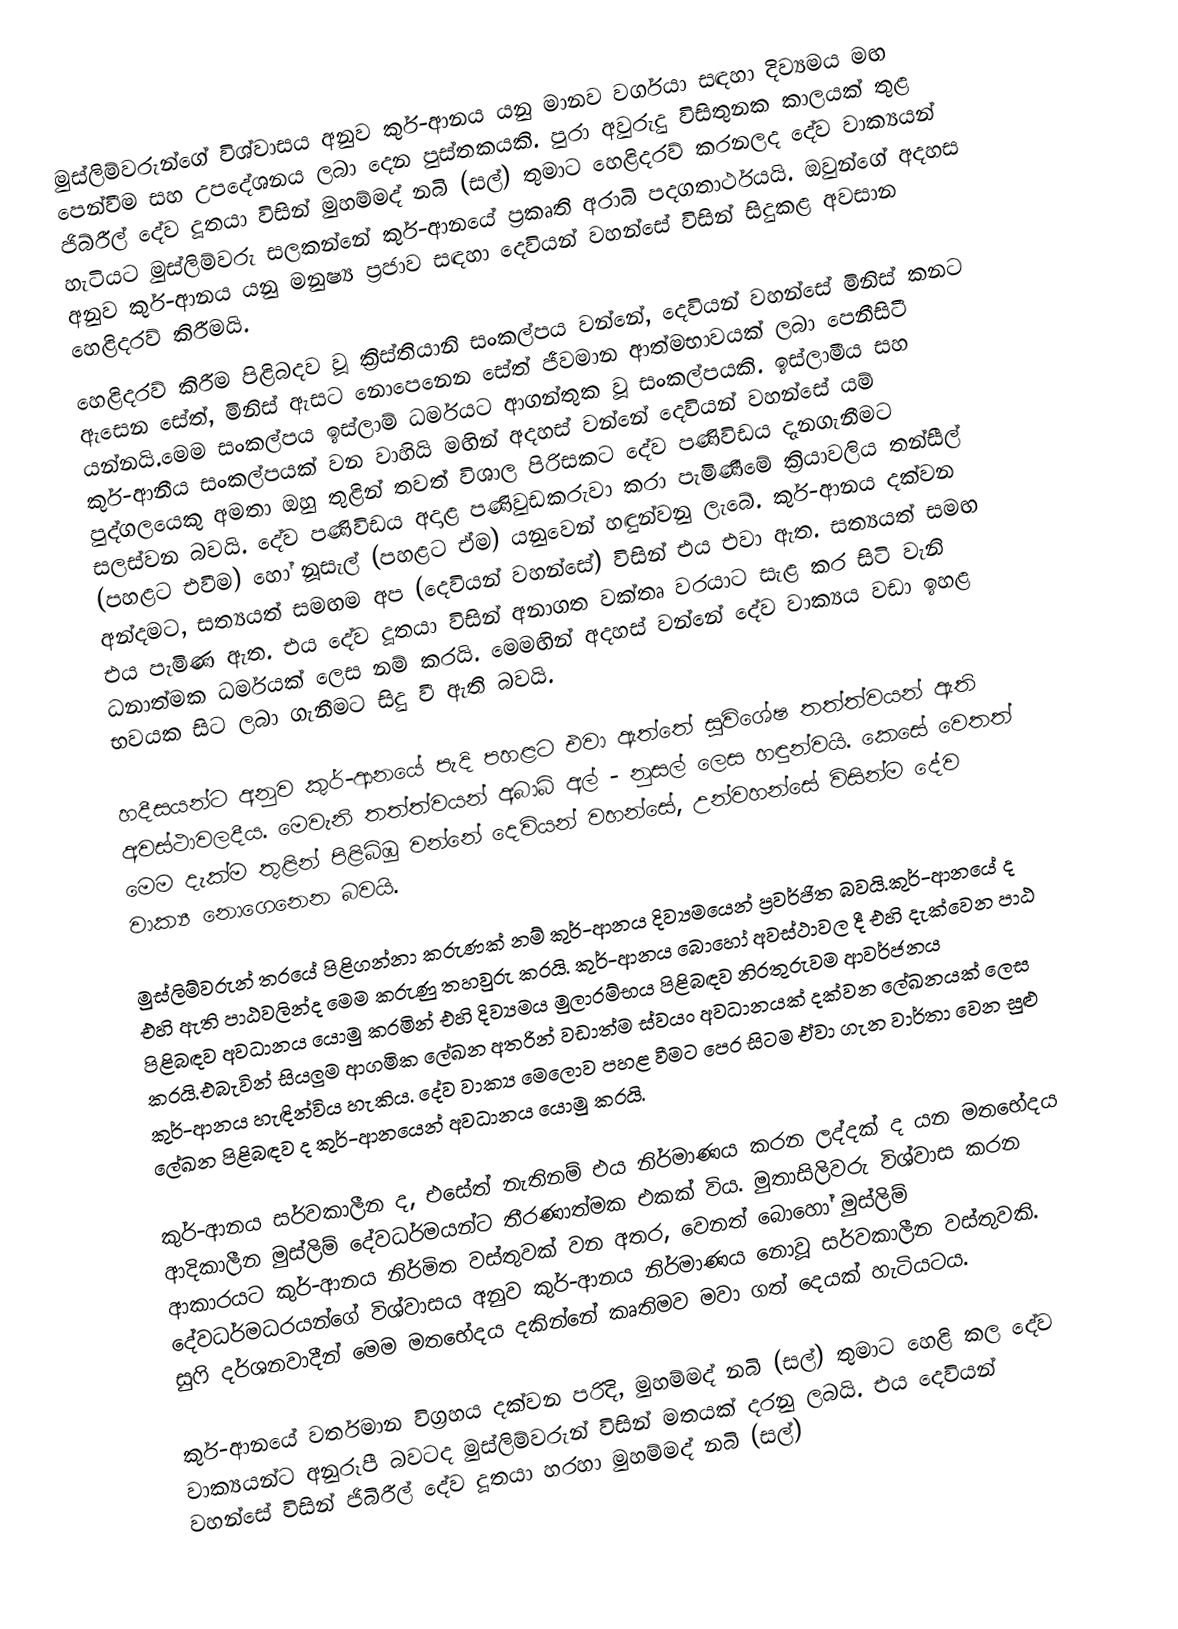
මුස්ලිම්වරුන්ගේ විශ්වාසය අනුව කුර්-ආනය යනු මානව වර්ගයා සඳහා දිව්‍යමය මඟ පෙන්වීම සහ උපදේශනය ලබා දෙන පුස්තකයකි. පුරා අවුරුදු විසිතුනක කාලයක් තුළ ජිබ්රීල් දේව  දූතයා විසින් මුහම්මද් නබි (සල්) තුමාට හෙළිදරව් කරනලද ‍දේව වාක්‍යයන් හැටියට මුස්ලිම්වරු සලකන්නේ කුර්-ආනයේ ප්‍රකෘති අරාබි  පදගතාර්ථයයි. ඔවුන්ගේ අදහස අනුව කුර්-ආනය යනු මනුෂ්‍ය ප්‍රජාව සඳහා දෙවියන් වහන්සේ විසින් සිදුකළ අවසාන හෙළිදරව් කිරීමයි.
හෙළිදරව් කිරීම පිළිබදව වූ ක්‍රිස්තියානි සංකල්පය වන්නේ, දෙවියන් වහන්සේ  මිනිස් කනට ඇසෙන සේත්, මිනිස් ඇසට නොපෙනෙන සේත් ජීවමාන ආත්මභාවයක් ලබා පෙනීසිටී යන්නයි.මෙම සංකල්පය ඉස්ලාම් ධර්මයට ආගන්තුක වූ සංකල්පයකි. ඉස්ලාමීය සහ කුර්-ආනීය සංකල්පයක් වන වාහියි මඟින් අදහස් වන්නේ දෙවියන් වහන්සේ යම් පුද්ගලයෙකු අමතා ඔහු  තුළින් තවත් විශාල පිරිසකට දේව පණිවිඩය දැනගැනීමට සලස්වන බවයි. ‍දේව පණිවිඩය අදාළ පණිවුඩකරුවා  කරා පැමිණීමේ ක්‍රියාවලිය තන්සීල් (පහළට එවීම) හෝ නූසැල් (පහළට ඒම) යනුවෙන් හඳුන්වනු ලැබේ. කුර්-ආනය දක්වන අන්දමට,  සත්‍යයත් සමඟම අප (දෙවියන් වහන්සේ) විසින් එය එවා ඇත. සත්‍යයත් සමඟ  එය පැමිණ ඇත. එය දේව දූතයා විසින් අනාගත  වක්තෘ වරයාට සැළ කර සිටි  වැනි ධනාත්මක ධර්මයක් ලෙස නම් කරයි. මෙමඟින්  අදහස් වන්නේ  දේව වාක්‍යය වඩා ඉහළ භවයක සිට ලබා ගැනීමට සිදු වී ඇති බවයි.

හදීසයන්ට අනුව කුර්-ආනයේ පැදි පහළට එවා ඇත්තේ සුවිශේෂ තත්ත්වයන්  ඇති අවස්ථාවලදීය. මෙවැනි තත්ත්වයන් අබාබ් අල් - නුසල් ලෙස හඳුන්වයි. කෙසේ වෙතත් මෙම දැක්ම තුළින්  පිළිබිඹු වන්නේ දෙවියන්  වහන්සේ, උන්වහන්සේ විසින්ම  දේව වාක්‍ය නොගෙනෙන බවයි.

මුස්ලිම්වරුන් තරයේ පිළිගන්නා කරුණක් නම් කුර්-ආනය දිව්‍යමයෙන් ප්‍රවර්ජිත බවයි.‍කුර්-ආනයේ ද එහි ඇති පාඨවලින්ද මෙම කරුණු තහවුරු කරයි. කුර්-ආනය බොහෝ අවස්ථාවල දී එහි දැක්වෙන පාඨ පිළිබඳව අවධානය යොමු කරමින් එහි දිව්‍යමය මුලාරම්භය පිළිබඳව නිරතුරුවම ආවර්ජනය කරයි.එබැවින් සියලුම ආගමික ලේඛන අතරින් වඩාත්ම  ස්වයං අවධානයක් දක්වන ලේඛනයක් ලෙස කුර්-ආනය හැඳින්විය හැකිය. දේව වාක්‍ය මෙලොව පහළ වීමට පෙර සිටම ඒවා ගැන වාර්තා වෙන සුළු ලේඛන පිළිබඳව ද කුර්-ආනයෙන් අවධානය යොමු කරයි.

කුර්-ආනය සර්වකාලීන ද, එසේත් නැතිනම් එය නිර්මාණය කරන ලද්දක් ද යන මතභේදය ආදිකාලීන මුස්ලිම් දේවධර්මයන්ට තීරණාත්මක එකක් විය. මුතාසිලිවරු විශ්වාස කරන ආකාරයට  කුර්-ආනය නිර්මිත වස්තුවක් වන අතර, වෙනත් බොහෝ මුස්ලිම් දේවධර්මධරයන්ගේ විශ්වාසය අනුව කුර්-ආනය නිර්මාණය නොවූ සර්වකාලීන වස්තුවකි. සුෆි දර්ශනවාදීන් මෙම මතභේදය දකින්නේ කෘතිමව මවා ගත් දෙයක් හැටියටය.

කුර්-ආනයේ වර්තමාන විග්‍රහය දක්වන පරිදි, මුහම්මද් නබි (සල්) තුමාට  හෙළි කල ‍දේව වාක්‍යයන්ට අනුරූපී බවටද මුස්ලිම්වරුන් විසින් මතයක් දරනු ලබයි. එය දෙවියන් වහන්සේ විසින් ජිබිරීල් දේව දූතයා හරහා මුහම්මද් නබි (සල්)